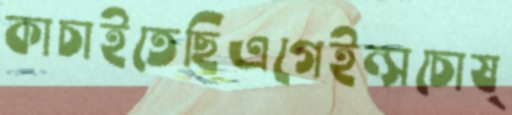
কাচাইতেছিএগেইন্সচোষ্